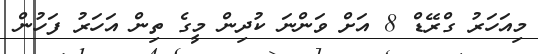
މިއަހަރު ގްރޭޑް 8 އަށް ވަންނަ ކުދިން މީގެ ތިން އަހަރު ފަހުން